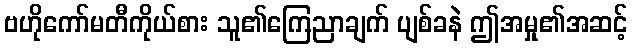
ဗဟိုကော်မတီကိုယ်စား သူ၏ကြေညာချက် ပျစ်ခနဲ ဤအမှု၏အဆင့်